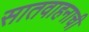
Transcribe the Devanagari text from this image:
सातवाहनाची